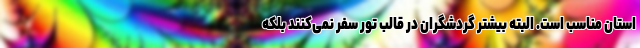
استان مناسب است. البته بیشتر گردشگران در قالب تور سفر نمی‌کنند بلکه